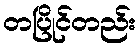
တပြိုင်တည်း